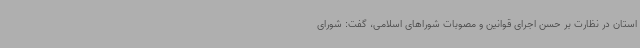
استان در نظارت بر حسن اجرای قوانین و مصوبات شوراهای اسلامی، گفت: شورای